Elephants and their diseases
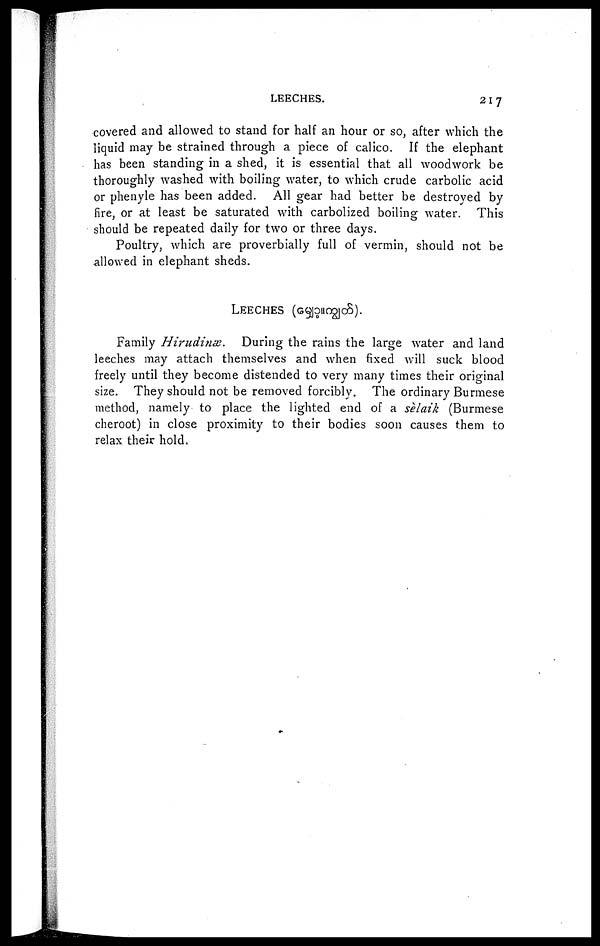
LEECHES.
217
covered and allowed to stand for half an hour or so, after which the
liquid may be strained through a piece of calico. If the elephant
has been standing in a shed, it is essential that all woodwork be
thoroughly washed with boiling water, to which crude carbolic acid
or phenyle has been added. All gear had better be destroyed by
fire, or at least be saturated with carbolized boiling water. This
should be repeated daily for two or three days.
Poultry, which are proverbially full of vermin, should not be
allowed in elephant sheds.
LEECHES (
).
Family Hirudinæ.
During the rains the large water and land
leeches may attach themselves and when fixed will suck blood
freely until they become distended to very many times their original
size. They should not be removed forcibly. The ordinary Burmese
method, namely to place the lighted end of a selaik (Burmese
cheroot) in close proximity to their bodies soon causes them to
relax their hold.